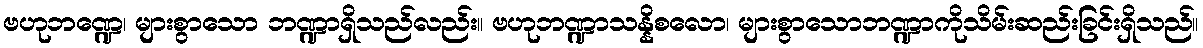
ဗဟုဘဏ္ဍေ၊ များစွာသော ဘဏ္ဍာရှိသည်လည်း။ ဗဟုဘဏ္ဍာသန္နိစလော၊ များစွာသောဘဏ္ဍာကိုသိမ်းဆည်းခြင်းရှိသည်။